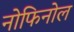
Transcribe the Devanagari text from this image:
नोफिनोल